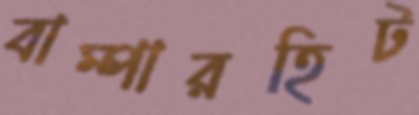
বাম্পারহিট